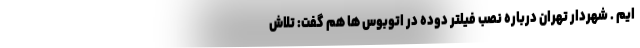
ایم . شهردار تهران درباره نصب فیلتر دوده در اتوبوس ها هم گفت: تلاش